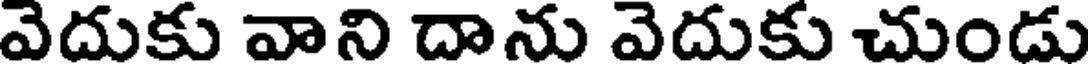
వెదుకు వాని దాను వెదుకు చుండు